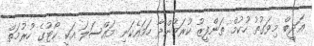
އަދީބް މިވަގުތު ހުކުމް ތަންފީޒު ކުރަމުންދާ ހަމައެކަނި މައްސަލަ އަކީ ކޯޓުގެ ހުރުމަތް